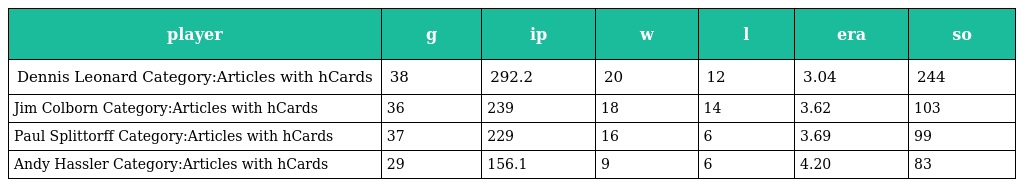
| player | g | ip | w | l | era | so |
 | --- | --- | --- | --- | --- | --- | --- |
 | Dennis Leonard Category:Articles with hCards | 38 | 292.2 | 20 | 12 | 3.04 | 244 |
 | Jim Colborn Category:Articles with hCards | 36 | 239 | 18 | 14 | 3.62 | 103 |
 | Paul Splittorff Category:Articles with hCards | 37 | 229 | 16 | 6 | 3.69 | 99 |
 | Andy Hassler Category:Articles with hCards | 29 | 156.1 | 9 | 6 | 4.20 | 83 |